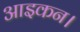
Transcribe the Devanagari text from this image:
आइकन।